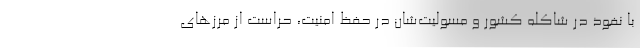
با نفوذ در شاکله کشور و مسولیت‌شان در حفظ امنیت‌، حراست از مرزهای